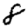
Digit: 8